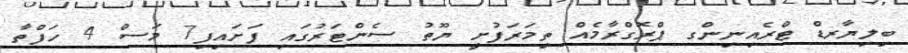
ބިލިޔާރޑް ޓްރެއިނިންގ ޕްރޮގްރާމެއް ތިމަރަފުށީ ޔޫތު ސެންޓަރުގައި ފަށައިފި7 މަސް 4 ހަފްތާ